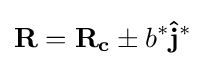
\mathbf {R} =\mathbf {R_{c}} \pm b^{*}\mathbf {\hat {j}} ^{*}